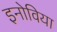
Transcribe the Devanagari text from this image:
इनोविया